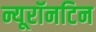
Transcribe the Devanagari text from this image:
न्यूरॉनटिन